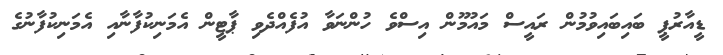
ޑީއާރުޕީ ބައިބައިވުމުން ރައީސް މައުމޫން އިސްވެ ހުންނަވާ އުފެއްދެވި ޕާޓީން އެމަނިކުފާނާއި އެމަނިކުފާނުގެ